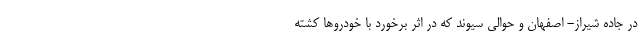
در جاده شیراز- اصفهان و حوالی سیوند که در اثر برخورد با خودروها کشته